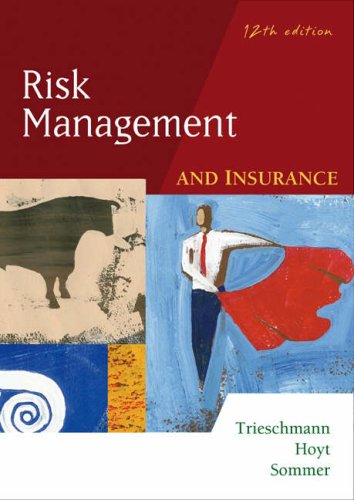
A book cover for Risk Management and Insurance; James S. Trieschmann; Business & Money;